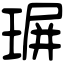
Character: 𤧅